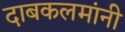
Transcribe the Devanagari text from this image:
दाबकलमांनी